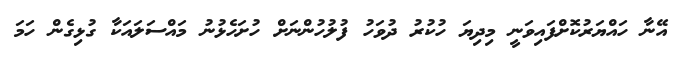
އޭނާ ހައްޔަރުކޮށްފައިވަނީ މިދިޔަ ހުކުރު ދުވަހު ފުލުހުންނަށް ހުށަހެޅުނު މައްސަލައަކާ ގުޅިގެން ހަމަ